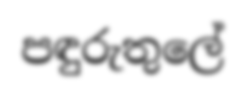
පඳුරුතුලේ